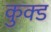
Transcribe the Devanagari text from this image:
कुक्ड